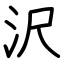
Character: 沢